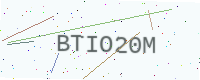
Text: BTIO20M